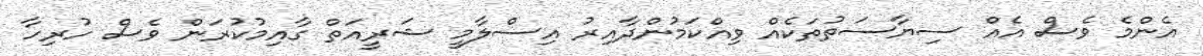
އެންމެ ވެސް އެއް ސިޔާސަތުތަކެއް ވިއްކަމުންދާއިރު އިސްލާމީ ޝަރީއަތް ގާއިމުކުރަން ވެސް ހުރިހާ